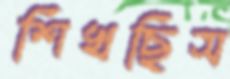
শিখছিস